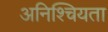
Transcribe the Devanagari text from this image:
अनिश्चियता